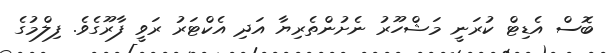
ބޮސް އެޑިޓް ކުރަނީ މަޝްހޫރު ނެށުންތެރިޔާ އަދި އެކްޓަރު ރަވީ ފާރޫގެވެ. ފިލްމުގެ